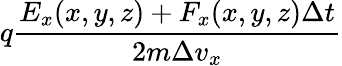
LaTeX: q\frac{E_{x}(x,y,z)+F_{x}(x,y,z)\Delta t}{2m\Delta v_{x}}